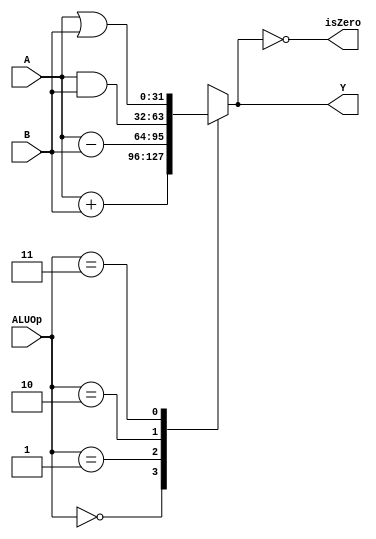
`timescale 1ns / 1ps
//////////////////////////////////////////////////////////////////////////////////
// Company: 
// Engineer: 
// 
// Design Name: 
// Module Name:    ALU 
// Project Name: 
// Target Devices: 
// Tool versions: 
// Description: 
//
// Dependencies: 
//
// Revision: 
// Revision 0.01 - File Created
// Additional Comments: 
//
//////////////////////////////////////////////////////////////////////////////////
module ALU(
    input [31:0] A,
    input [31:0] B,
    input [2:0] ALUOp,
    output isZero,
    output [31:0] Y
    );
reg [31:0] y;
assign Y=y;
assign isZero=(y==0);
always @* 
	case (ALUOp)
			0:y=A+B;
			1:y=A-B;
			2:y=A&B;
			3:y=A|B;
		//	4:y=A>>B;
		//	5:y=$signed(A)>>>B;
			default:y=32'hxxxxxxxx;
	endcase
endmodule